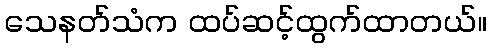
သေနတ်သံက ထပ်ဆင့်ထွက်ထာတယ်။